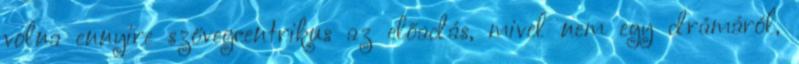
volna ennyire szövegcentrikus az előadás, mivel nem egy drámáról,